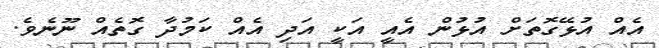
އެއް އުޅޭގޮތަށް އުޅުން އެއީ އަކީ އަދި އެއް ކަމުދާ ގޮތެއް ނޫނެވެ.